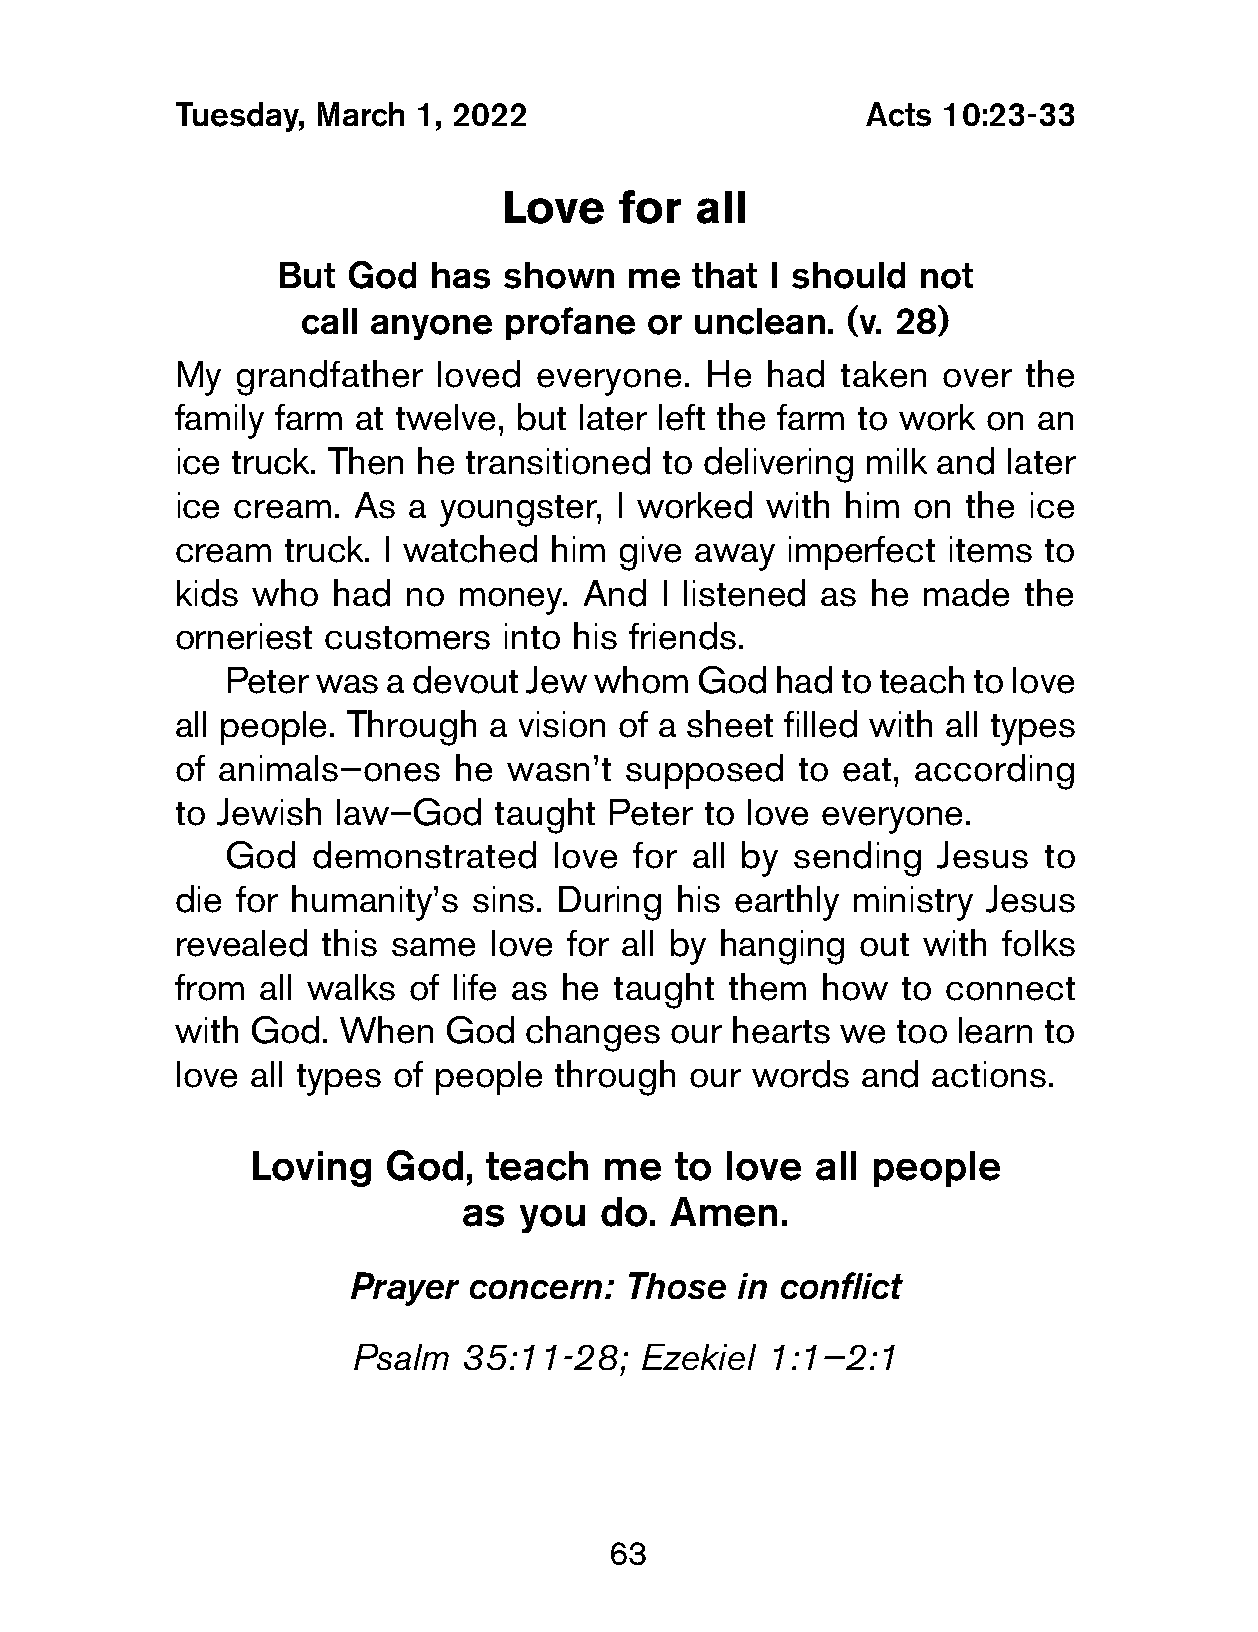
Tuesday,  March  1, 2022                      Acts 10:23-33
 Love    for  all
 But  God  has  shown   me   that I should  not
 call anyone  profane   or unclean.  (v. 28)
 My   grandfather  loved everyone.   He  had taken  over  the
 family farm at twelve, but later left the farm to work on an
 ice truck. Then he  transitioned to delivering milk and later
 ice cream.  As  a youngster,  I worked  with him on  the ice
 cream   truck. I watched him  give away  imperfect  items to
 kids  who  had  no money.   And  I listened as he made   the
 orneriest customers   into his friends.
 Peter was a devout  Jew whom   God  had  to teach to love
 all people. Through  a vision of a sheet filled with all types
 of animals—ones    he wasn’t  supposed    to eat, according
 to Jewish  law—God    taught Peter to love everyone.
 God   demonstrated    love for all by sending  Jesus  to
 die  for humanity’s sins. During  his earthly ministry Jesus
 revealed  this same  love for all by hanging  out with folks
 from  all walks of life as he taught them  how   to connect
 with God.  When   God   changes  our hearts we  too learn to
 love all types of people  through  our words  and  actions.
 Loving   God,   teach   me   to love  all people
 as  you   do. Amen.
 Prayer  concern:  Those   in conflict
 Psalm   35:11-28;  Ezekiel  1:1—2:1
 63